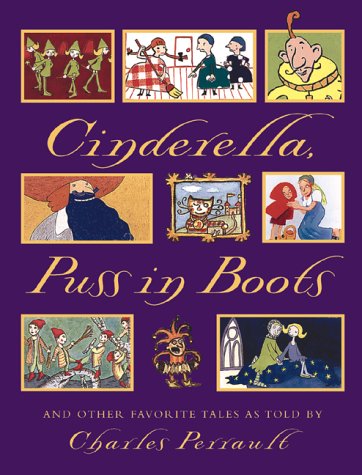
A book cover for Cinderella, Puss in Boots and Other Favorite Tales; Perrault Charles; Children's Books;